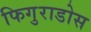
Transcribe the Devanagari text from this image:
फिगुराडोस